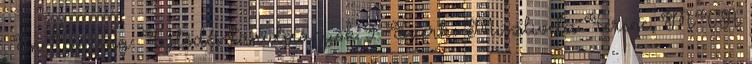
. In: Válság. Fejlődés-tanulmányok 9. Szerk.: Miszlivetz Ferenc, MTA